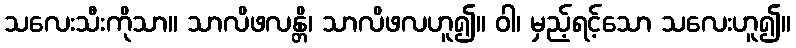
သလေးသီးကိုသာ။ သာလိဖလန္တိ၊ သာလိဖလဟူ၍။ ဝါ၊ မှည့်ရင့်သော သလေးဟူ၍။